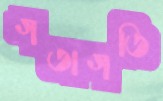
গতাগতি